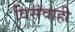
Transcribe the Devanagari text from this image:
विसंवाही